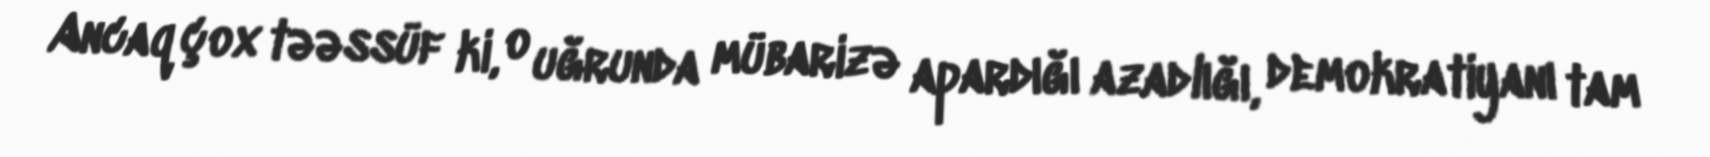
Ancaq çox təəssüf ki, o uğrunda mübarizə apardığı azadlığı, demokratiyanı tam